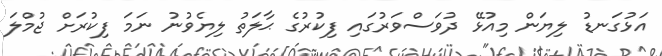
އަޅުގަނޑު ލިޔަން މިއުޅޭ ދުވަސްވަރުގައި ފިކުރުގެ ޙާލަތު ލިޔެވުނު ނަމަ ފިކުރަށް ޖުމްލަ